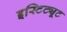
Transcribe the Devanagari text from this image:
इस्टिट्यूट